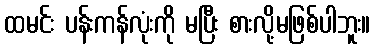
ထမင်း ပန်းကန်လုံးကို မပြီး စားလို့မဖြစ်ပါဘူး။